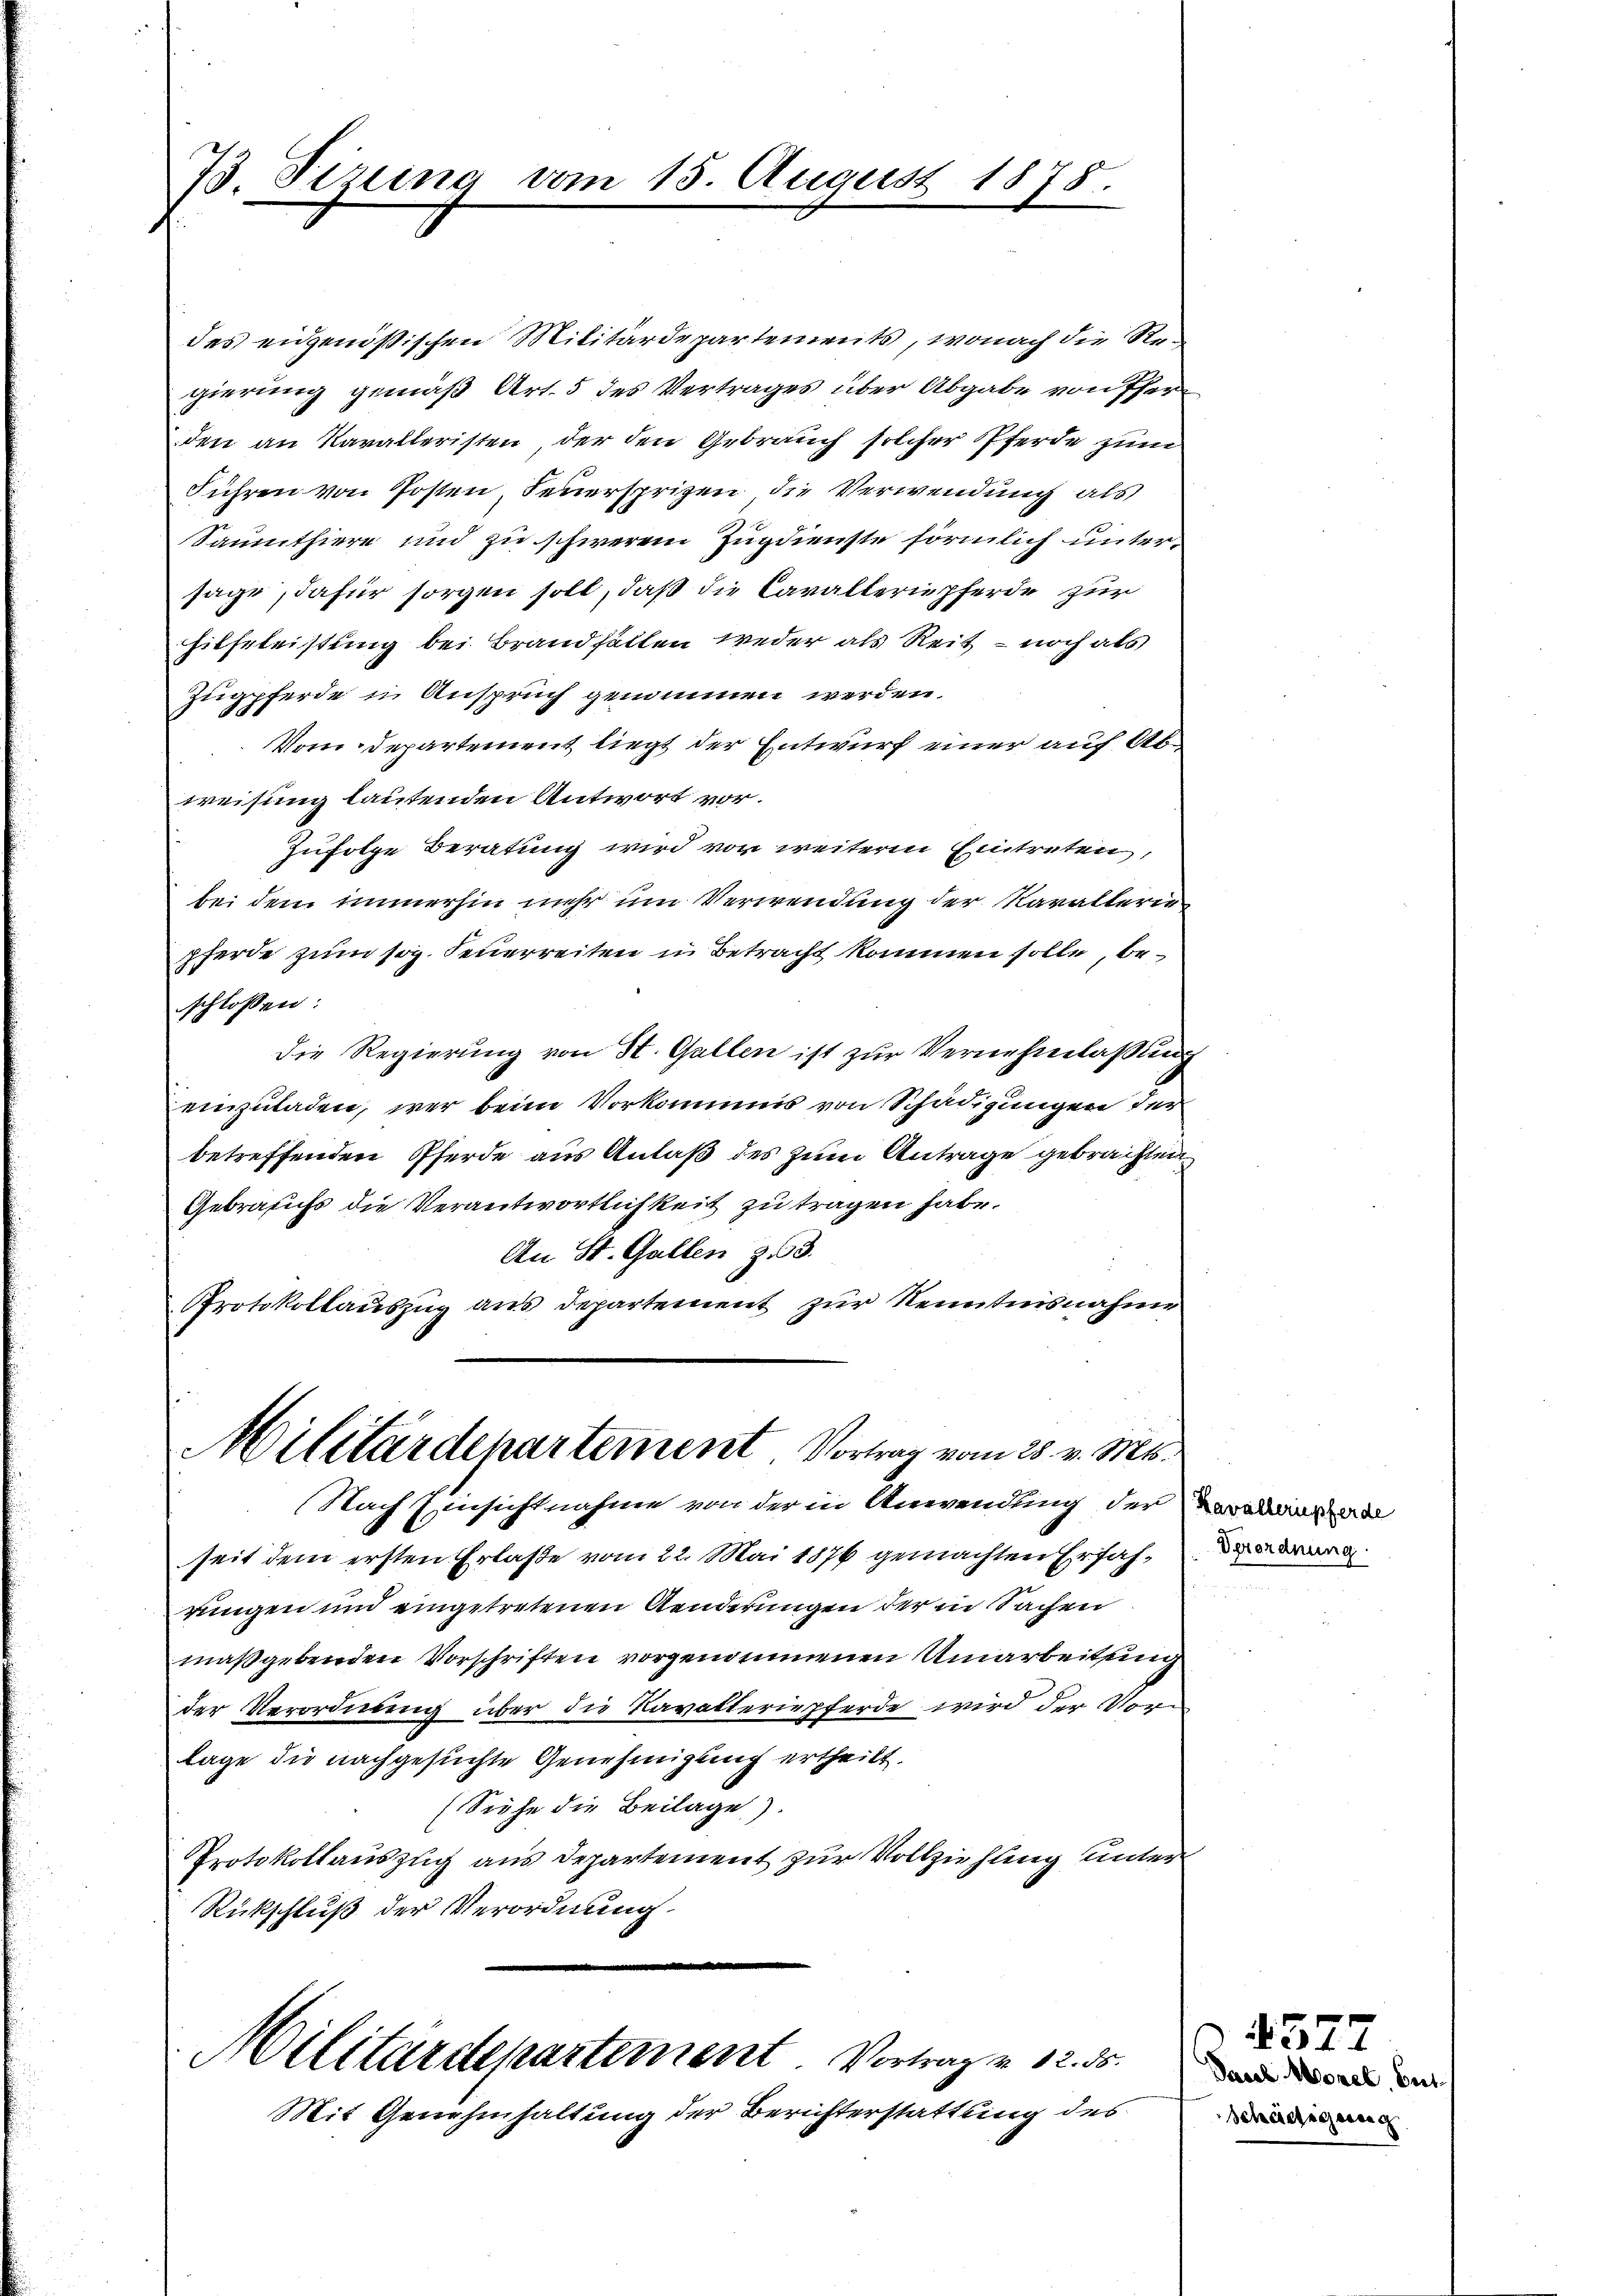
73. Sizung

15. August 1878.

des eidgenößischen Militärdepartements, wonach die Regierung gemäß Art. 5 des Vertrages über Abgabe von Pferden an Kavalleristen, der den Gebrauch solcher Pferde zum
Führen von Posten, Feuersprizen die Verwendung als
Saumthiere und zu schweren Zugdienste förmlich untersage dafür sorgen soll, daß die Cavalternpferde zur
hilfeleistung bei Brandfällen weder als Reit – noch als
Zugpferde in Anspruch genommen werden.
Vom Departement liegt der Entwurf einer auf Abweisung lautenden Antwort vor.
Zufolge Beratung wird vor weitere Eintreten,
bei dem immerhin mehr um Verwendung der Kavallerie
pferde zum sog. Feuerreiten in Betracht kommen solle, beschlossen:
Die Regierung von St. Gallen ist zur Vernehmlassung
einzuladen, wer beim Vorkommnis von Schädigungen der
betreffenden Pferde aus Anlaß des zum Antrage gebrachten
Gebrauchs die Verantwortlichkeit zu tragen habe.
An St. Gallen z 3.
Protokollauszug aus Departement zur Kenntnisnahme

Militärdepartement Vortrag vom 28. v. Mts.
Nach Einsichtnahme von der in Anwendung der Verord

seit dem ersten Erlaße vom 22. Mai 1876 gemachten Erfahrungen und eingetretenen Aenderungen der in Sachen
maßgebenden Vorschriften vorgenommenen Umarbeitung
der Verordnung über die Kavatteriepferde wird der Vorlage die nachgesuchte Genehmigung ertheilt.
(Siehe die Beilage).
Protokollauszug aus Departement zur Vollziehung unter
Rückschluß der Verordnung.
e

Militärdepartement Vortrag v. 12. ds.
Mit Genehmhaltung der Berichterstattung des

Verordnung.

Paul Morel, But
Scheietigensach

4577